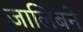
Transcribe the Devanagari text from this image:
जालिबने